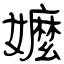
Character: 嬤